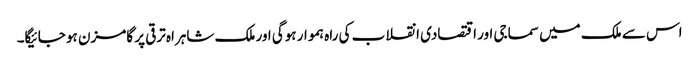
اس سے ملک میں سماجی اور اقتصادی انقلاب کی راہ ہموار ہوگی اور ملک شاہراہ ترقی پر گامزن ہو جائیگا۔